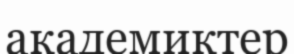
академиктер